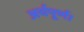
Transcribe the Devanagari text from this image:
अर्थपूर्ण।